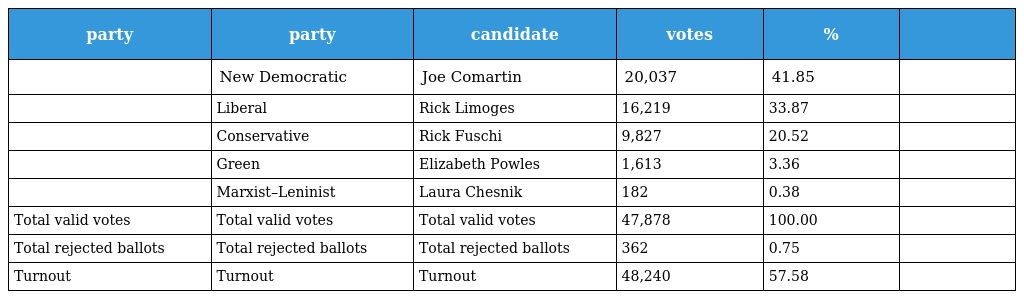
| party | party | candidate | votes | % |  |
 | --- | --- | --- | --- | --- | --- |
 |  | New Democratic | Joe Comartin | 20,037 | 41.85 |  |
 |  | Liberal | Rick Limoges | 16,219 | 33.87 |  |
 |  | Conservative | Rick Fuschi | 9,827 | 20.52 |  |
 |  | Green | Elizabeth Powles | 1,613 | 3.36 |  |
 |  | Marxist–Leninist | Laura Chesnik | 182 | 0.38 |  |
 | Total valid votes | Total valid votes | Total valid votes | 47,878 | 100.00 |  |
 | Total rejected ballots | Total rejected ballots | Total rejected ballots | 362 | 0.75 |  |
 | Turnout | Turnout | Turnout | 48,240 | 57.58 |  |